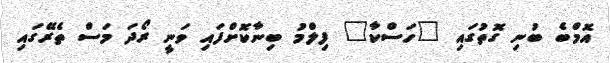
އޮމްބެ ބުނި ގޮތުގައި "ހަސްކާ" ފިލްމު ބިނާކޮށްފައި ވަނީ ރޯދަ މަސް ތެރޭގައި